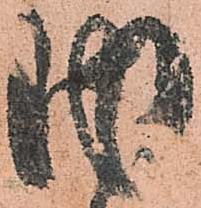
内